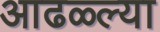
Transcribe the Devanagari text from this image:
आढळ्ल्या